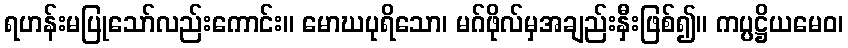
ရဟန်းမပြုသော်လည်းကောင်း။ မောဃပုရိသော၊ မဂ်ဖိုလ်မှအချည်းနှီးဖြစ်၍။ ကပ္ပဋ္ဌိယမေဝ၊